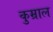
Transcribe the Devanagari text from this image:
कुम्राल